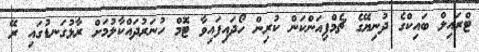
ޓްރައިލް ބައިކްގެ ދުނިޔޭގެ ޗެމްޕިއަންކަން ކުރިން ހޯދައިފައިވާ ޓޮމް ހުނަރުދައްކާލުމަށް ރާޅުގަނޑުގައި ރޭ